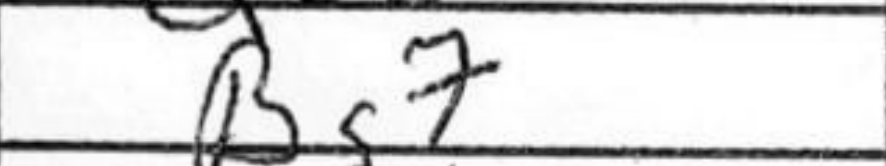
Transcription: Bg7